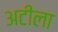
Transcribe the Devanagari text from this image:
अटीला